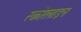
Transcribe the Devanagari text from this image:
स्कोरलाइन